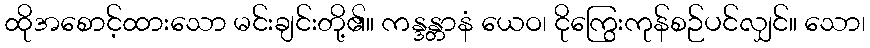
ထိုအစောင့်ထားသော မင်းချင်းတို့၏။ ကန္ဒန္တာနံ ယေဝ၊ ငိုကြွေးကုန်စဉ်ပင်လျှင်။ သော၊